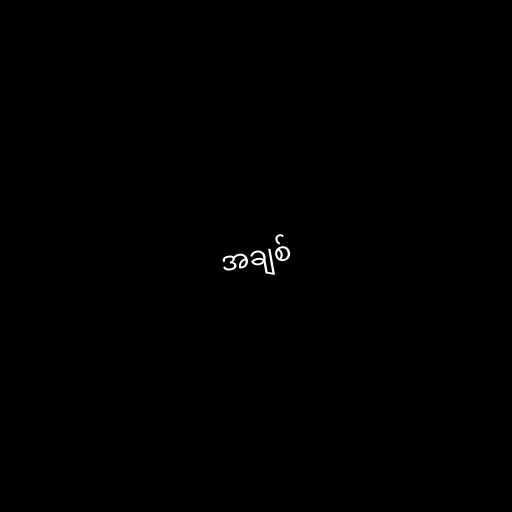
အချစ်